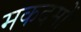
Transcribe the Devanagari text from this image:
मकदमों